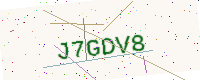
Text: J7GDV8